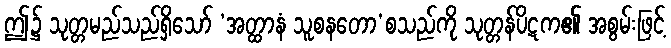
ဤ၌ သုတ္တမည်သည်ရှိသော် ‘အတ္ထာနံ သူစနတော’စသည်ကို သုတ္တန်ပိဋက၏ အစွမ်းဖြင့်